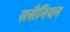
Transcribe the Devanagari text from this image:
ससैनियन